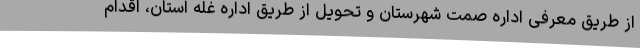
از طریق معرفی اداره صمت شهرستان و تحویل از طریق اداره غله استان، اقدام